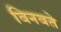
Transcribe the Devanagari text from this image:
विनवते